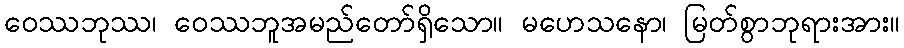
ဝေဿဘုဿ၊ ဝေဿဘူအမည်တော်ရှိသော။ မဟေသနော၊ မြတ်စွာဘုရားအား။